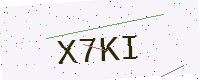
Text: X7KI